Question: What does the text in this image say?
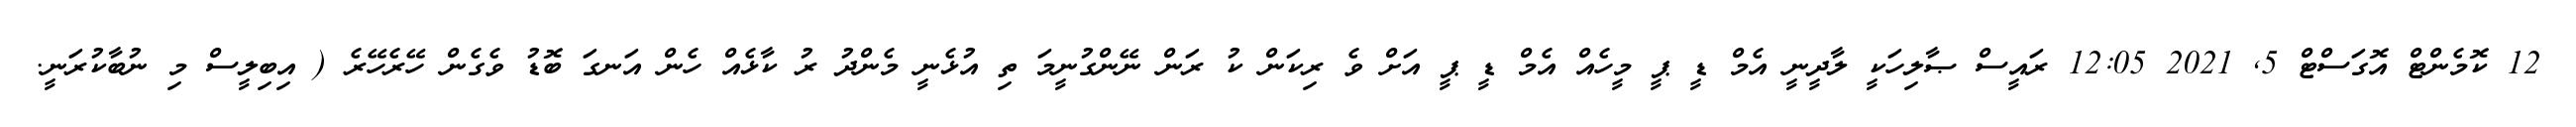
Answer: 12 ކޮމެންޓް އޮގަސްޓް 5, 2021 12:05 ރައީސް ޞާލިހަކީ ލާދީނީ އެމް ޑީ ޕީ މީހެއް އެމް ޑީ ޕީ އަށް ވެ ރިކަން ކު ރަން ނޭންގުނީމަ ތި އުޅެނީ މެންދު ރު ކާޅެއް ހެން އަނގަ ބޮޑު ވެގެން ހޭރެހޭރެ ( އިބިލީސް މި ނުބާކުރަނީ.